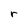
Character: r